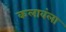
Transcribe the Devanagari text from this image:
कलावंला